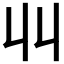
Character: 𫡅